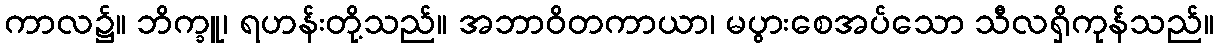
ကာလ၌။ ဘိက္ခူ၊ ရဟန်းတို့သည်။ အဘာဝိတကာယာ၊ မပွားစေအပ်သော သီလရှိကုန်သည်။